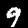
Digit: 9